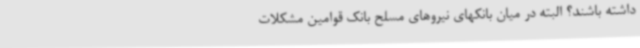
داشته باشند؟ البته در میان بانکهای نیروهای مسلح بانک قوامین مشکلات